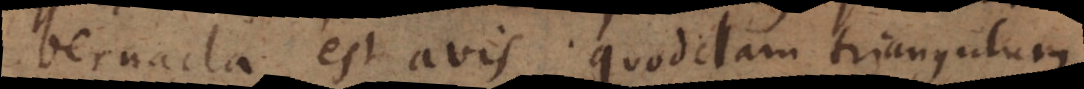
bernacla est avis; quoddam triangulum